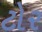
ટોર